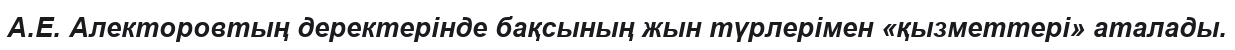
А.Е. Алекторовтың деректерінде бақсының жын түрлерімен «қызметтері» аталады.